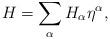
LaTeX: \begin{align*}H =\sum_\alpha H_\alpha \eta^\alpha,\end{align*}